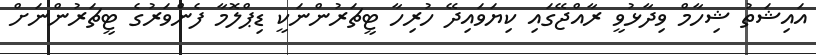
އައިޝަތު ޝިހާމް ވިދާޅުވީ ރާއްޖޭގައި ކިޔަވައިދޭ ހުރިހާ ޓީޗަރުންނަކީ ޑިޕްލޮމާ ފެންވަރުގެ ޓީޗަރުންނަށް